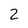
Character: 2